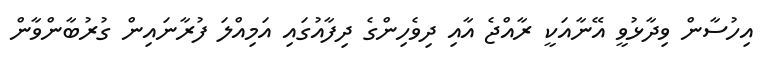
އިހުސާން ވިދާޅުވީ އޭނާއަކީ ރާއްޖެ އާއި ދިވެހިންގެ ދިފާއުގައި އަމިއްލަ ފުރާނައިން ގުރުބާންވާން